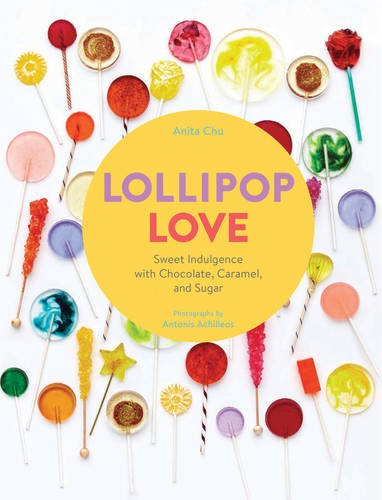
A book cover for Lollipop Love: Sweet Indulgence with Chocolate, Caramel, and Sugar; Anita Chu; Cookbooks, Food & Wine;